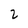
Character: 2